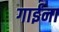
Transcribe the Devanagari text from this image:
गाईंना